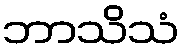
ဘာသိသံ